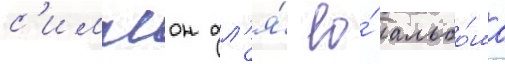
с'импсон дл'я́ ео́ альбо́ма